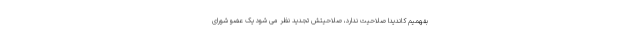
بفهمیم کاندیدا صلاحیت ندارد، صلاحیتش تجدید نظر می شود یک عضو شورای